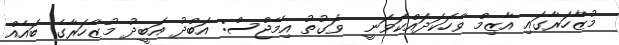
މުޒާހަރާގައި އާޒިމް ވާހަކަދައްކަވަނީ  ވަގުތު އިމޭޖްސް: އަބްދު އަބީދު މުޒާހަރާގެ ބައެއް